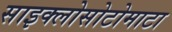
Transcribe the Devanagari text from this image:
साइक्लोसोटोमाटा